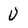
Character: u